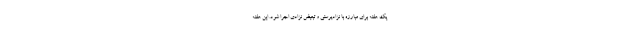
یک هفته برای مبارزه با نژادپرستی و تبعیض نژادی اجرا شود. این هفته